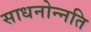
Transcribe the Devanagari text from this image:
साधनोन्नति